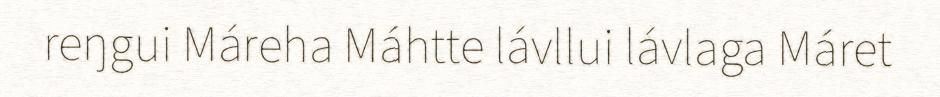
reŋgui Máreha Máhtte lávllui lávlaga Máret